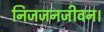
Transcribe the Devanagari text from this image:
निजजनजीवन।